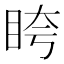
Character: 𥅚